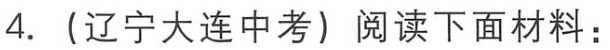
4. （辽宁大连中考）阅读下面材料：